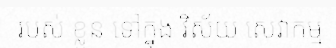
របស់ ខ្លួន ទៅក្នុង វិស័យ សេវាកម្ម